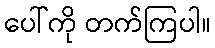
ပေါ်ကို တက်ကြပါ။